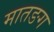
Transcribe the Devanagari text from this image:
मातङग